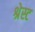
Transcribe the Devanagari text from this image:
श्रेस्ट